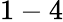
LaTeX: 1-4